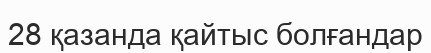
28 қазанда қайтыс болғандар